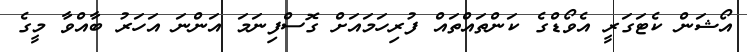
އޯޝަން ކެޓަގަރީ އެވޯޑްގެ ކަންތައްތައް ފުރިހަމައަށް ގޮސްފިނަމަ އަންނަ އަހަރު ބާއްވާ މީގެ